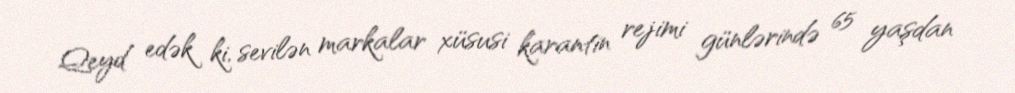
Qeyd edək ki, sevilən markalar xüsusi karantin rejimi günlərində 65 yaşdan